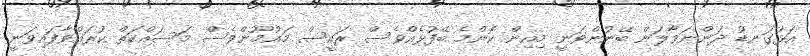
އަޅުގަނޑު ދަންނަވާލަން ބޭނުންވަނީ މިއިން ކޮންމެ ބޭފުޅެއްވެސް ރައީސް މައުމޫންވެސް މަސައްކަތް ކުރައްވާފައިވަނީ